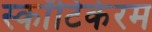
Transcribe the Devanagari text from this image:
स्कॉटिकेरम